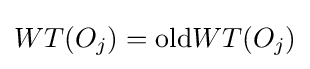
WT(O_{j})=\mathrm {old} WT(O_{j})